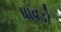
ધાવડો